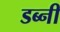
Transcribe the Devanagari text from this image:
डब्नी